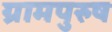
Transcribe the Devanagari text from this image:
ग्रामपुरुष